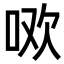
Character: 𭇳